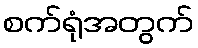
စက်ရုံအတွက်